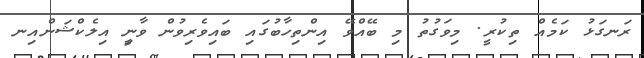
ރަނގަޅު ކަމެއް ތިކުރީ. މިވަގުތު މި ބޭއްވޭ އިންތިހާބުގައި ބައިވެރިވުން ވާނީި އިލެކްޝަންއިނ